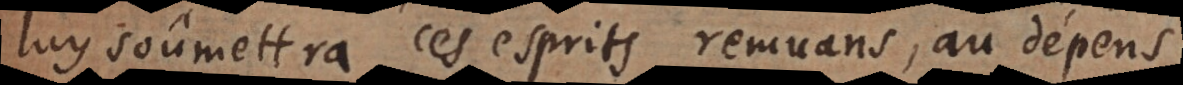
luy soûmettra ces esprits remuans, au dépens